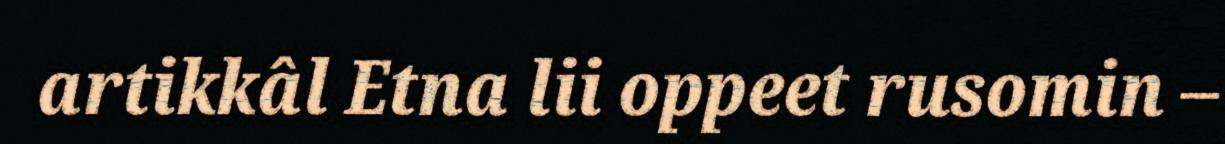
artikkâl Etna lii oppeet rusomin –